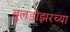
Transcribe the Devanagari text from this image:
बुलडोझरच्या